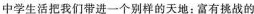
中学生活把我们带进一个别样的天地：富有挑战的